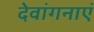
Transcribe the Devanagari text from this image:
देवांगनाएं